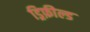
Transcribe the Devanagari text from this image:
ड्रिफ़ील्ड